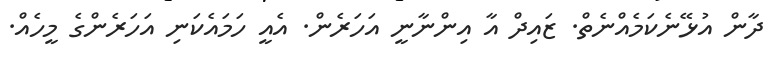
ދާން އުޅޭނެކަމެއްނެތް. ޒައިދް އާ އިންނާނީ އަހަރެން. އެއީ ހަމައެކަނި އަހަރެންގެ މީހެއް.